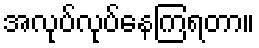
အလုပ်လုပ်နေကြရတာ။